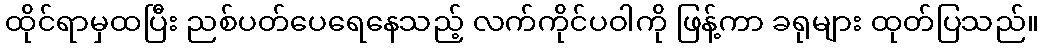
ထိုင်ရာမှထပြီး ညစ်ပတ်ပေရေနေသည့် လက်ကိုင်ပဝါကို ဖြန့်ကာ ခရုများ ထုတ်ပြသည်။